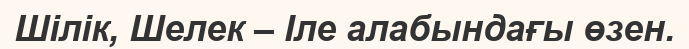
Шілік, Шелек – Іле алабындағы өзен.